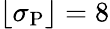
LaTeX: \lfloor\sigma_{\mathrm{P}}\rfloor=8